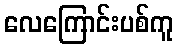
လေကြောင်းပစ်ကူ